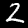
Digit: 2